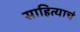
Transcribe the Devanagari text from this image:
साहित्याचं